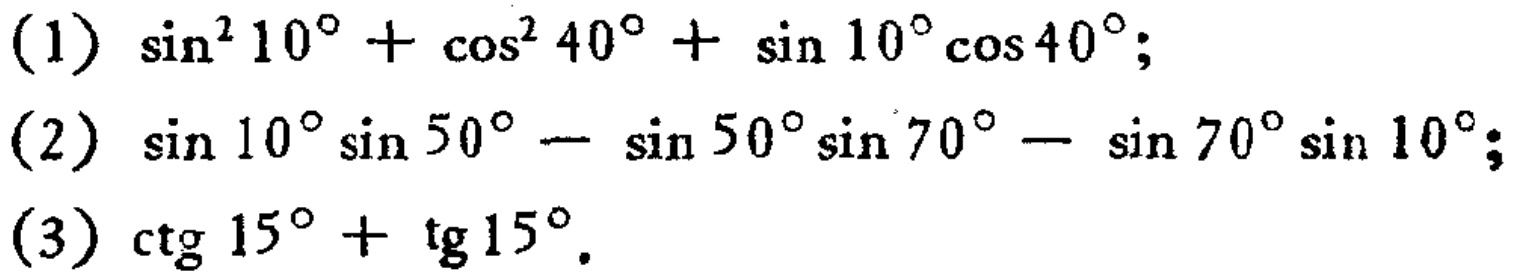
(1) \(\sin^{2}10^{\circ}+\cos^{2}40^{\circ}+\sin 10^{\circ}\cos 40^{\circ}\);

(2) \(\sin 10^{\circ}\sin 50^{\circ}-\sin 50^{\circ}\sin 70^{\circ}-\sin 70^{\circ}\sin 10^{\circ}\);

(3) \(\mathrm{ctg}15^{\circ}+\mathrm{tg}15^{\circ}\).